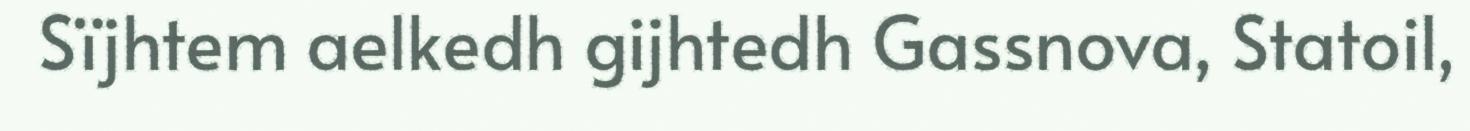
Sïjhtem aelkedh gijhtedh Gassnova, Statoil,